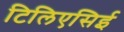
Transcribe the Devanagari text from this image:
टिलिएसिई